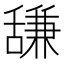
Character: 𫇗